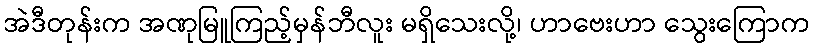
အဲဒီတုန်းက အဏုမြူကြည့်မှန်ဘီလူး မရှိသေးလို့၊ ဟာဗေးဟာ သွေးကြောက